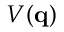
V ( \mathbf { q } )